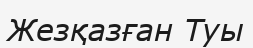
Жезқазған Туы